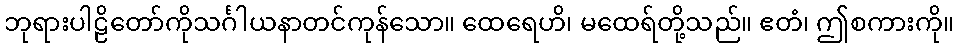
ဘုရားပါဠိတော်ကိုသင်္ဂါယနာတင်ကုန်သော။ ထေရေဟိ၊ မထေရ်တို့သည်။ ဧတံ၊ ဤစကားကို။